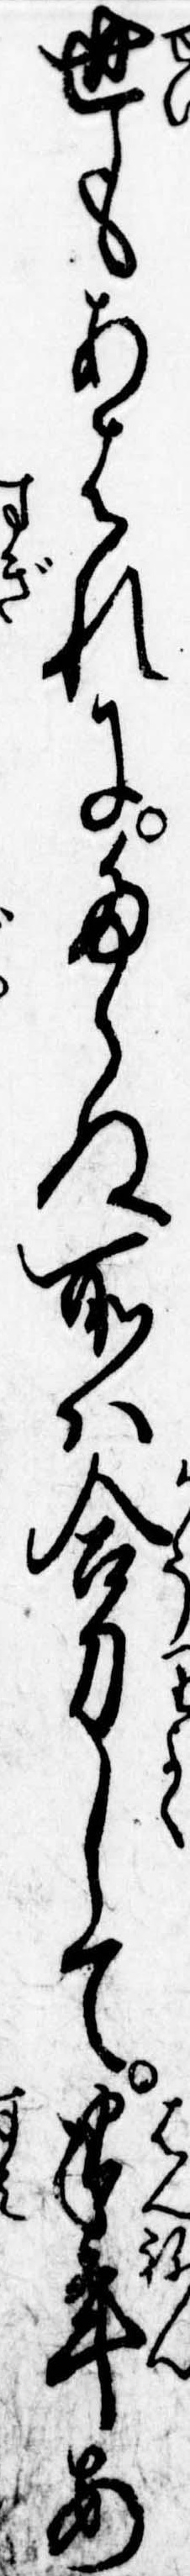
世もあはれにたらぬ所は合力して半年あ